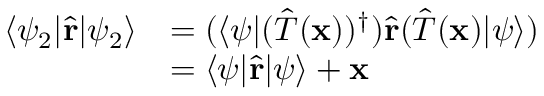
{ \begin{array} { r l } { \langle \psi _ { 2 } | { \hat { \mathbf { r } } } | \psi _ { 2 } \rangle } & { = ( \langle \psi | ( { \hat { T } } ( \mathbf { x } ) ) ^ { \dagger } ) { \hat { \mathbf { r } } } ( { \hat { T } } ( \mathbf { x } ) | \psi \rangle ) } \\ & { = \langle \psi | { \hat { \mathbf { r } } } | \psi \rangle + \mathbf { x } } \end{array} }